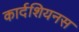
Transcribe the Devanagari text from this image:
कार्दशियनस